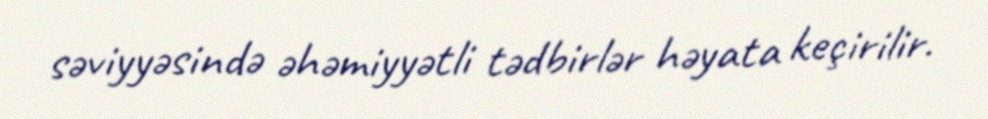
səviyyəsində əhəmiyyətli tədbirlər həyata keçirilir.